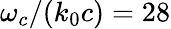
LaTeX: \omega_{c}/{\left(k_{0}c\right)}=28